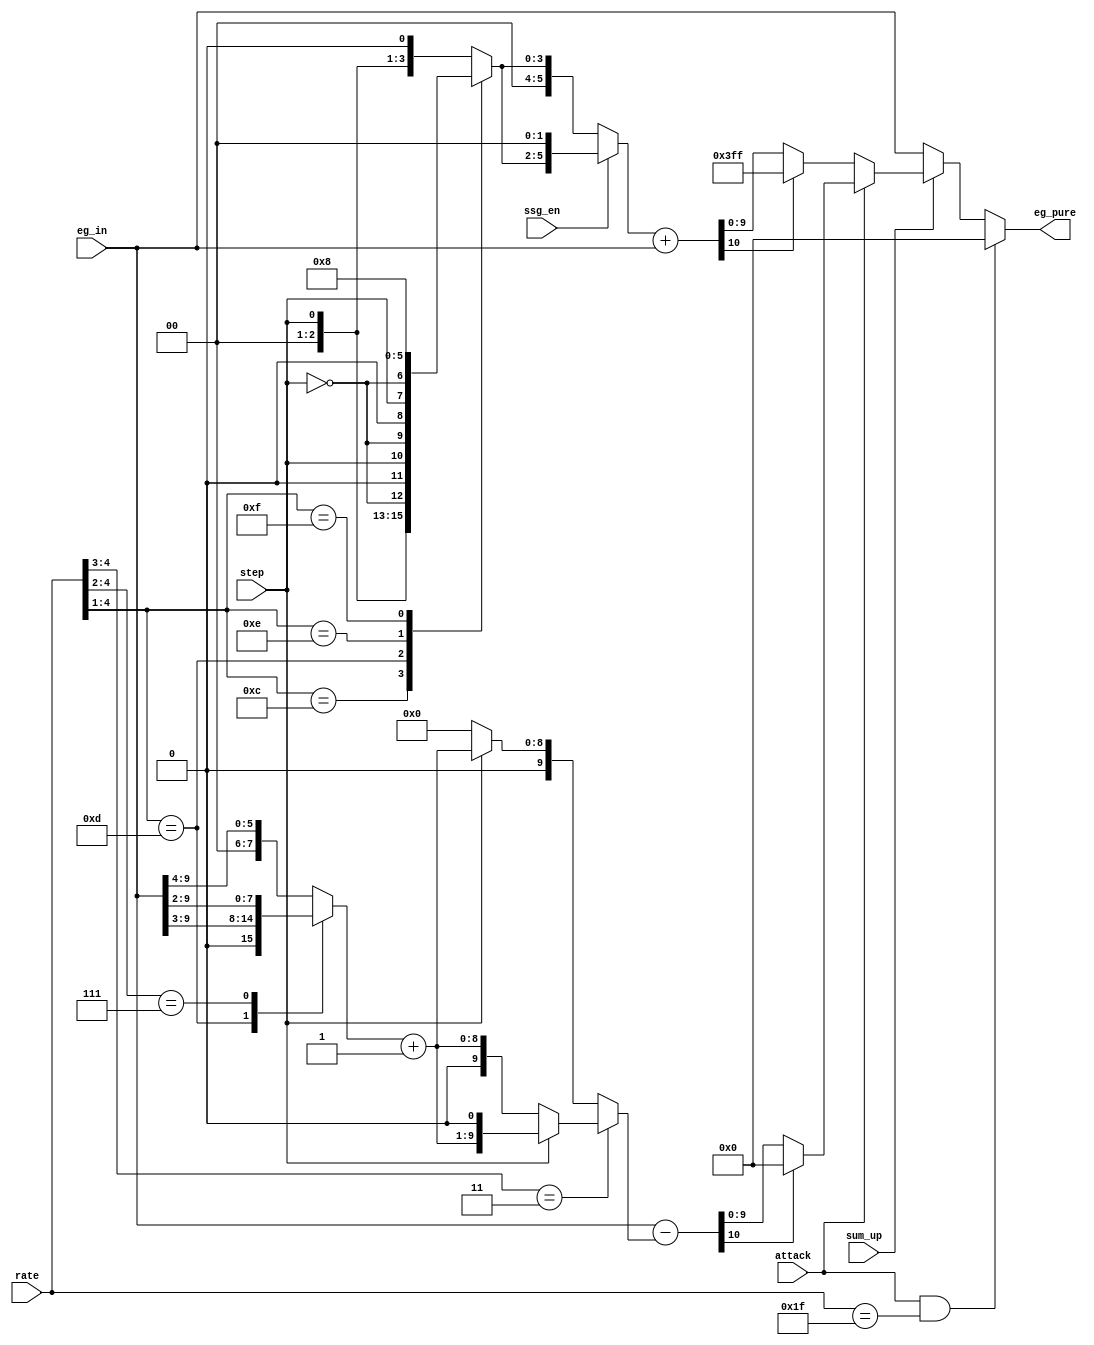
module jt12_eg_pure(
	input			attack,
	input			step,
	input [ 5:1]	rate,
	input [ 9:0]	eg_in,
	input 			ssg_en,	
	input 			sum_up,
	output reg  [9:0] eg_pure
);

reg [ 3:0] 	dr_sum;
reg [ 9:0]	dr_adj;
reg	[10:0]	dr_result;

always @(*) begin : dr_calculation
	case( rate[5:2] )
		4'b1100: dr_sum = { 2'b0, step, ~step }; // 12
		4'b1101: dr_sum = { 1'b0, step, ~step, 1'b0 }; // 13
		4'b1110: dr_sum = { step, ~step, 2'b0 }; // 14
		4'b1111: dr_sum = 4'd8;// 15
		default: dr_sum = { 2'b0, step, 1'b0 };
	endcase
	// Decay rate attenuation is multiplied by 4 for SSG operation
	dr_adj = ssg_en ? {4'd0, dr_sum, 2'd0} : {6'd0, dr_sum};
	dr_result = dr_adj + eg_in;
end

reg [ 7:0] ar_sum0;
reg [ 8:0] ar_sum1;
reg [10:0] ar_result;
reg [ 9:0] ar_sum;

always @(*) begin : ar_calculation
	casez( rate[5:2] )
		default: ar_sum0 = {2'd0, eg_in[9:4]};
		4'b1101: ar_sum0 = {1'd0, eg_in[9:3]};
		4'b111?: ar_sum0 = eg_in[9:2];
	endcase
	ar_sum1 = ar_sum0+9'd1;
	if( rate[5:4] == 2'b11 )
		ar_sum = step ? { ar_sum1, 1'b0 } : { 1'b0, ar_sum1 };
	else
		ar_sum = step ? { 1'b0, ar_sum1 } : 10'd0;
	ar_result = eg_in-ar_sum;
end
///////////////////////////////////////////////////////////
// rate not used below this point
reg [9:0] eg_pre_fastar; // pre fast attack rate
always @(*) begin
	if(sum_up) begin
		if( attack  )
			eg_pre_fastar = ar_result[10] ? 10'd0: ar_result[9:0];
		else 
			eg_pre_fastar = dr_result[10] ? 10'h3FF : dr_result[9:0];
	end
	else eg_pre_fastar = eg_in;
	eg_pure = (attack&rate[5:1]==5'h1F) ? 10'd0 : eg_pre_fastar;
end

endmodule